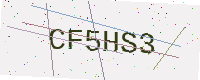
Text: CF5HS3